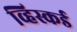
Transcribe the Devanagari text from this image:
व्हिस्कर्ड